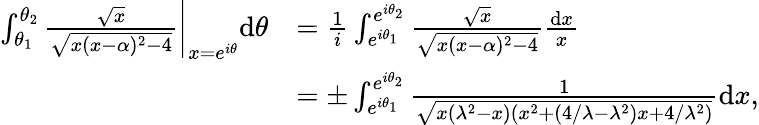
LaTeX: \begin{array}{rl}{\int_{\theta_{1}}^{\theta_{2}}\frac{\sqrt{x}}{\sqrt{x(x-\alpha)^{2}-4}}\bigg\rvert_{x=e^{i\theta}}\mathrm d\theta}&{=\frac{1}{i}\int_{e^{i\theta_{1}}}^{e^{i\theta_{2}}}\frac{\sqrt{x}}{\sqrt{x(x-\alpha)^{2}-4}}\frac{\mathrm dx}{x}}\\ &{=\pm\int_{e^{i\theta_{1}}}^{e^{i\theta_{2}}}\frac{1}{\sqrt{x(\lambda^{2}-x)(x^{2}+(4/\lambda-\lambda^{2})x+4/\lambda^{2})}}\mathrm dx,}\end{array}